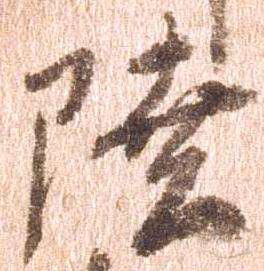
陸